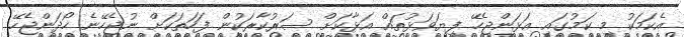
އެކަމަކު މި ކަމުގައި އަޅަންޖެހޭ ފިޔަވަޅުތައް އަޅާކަށް ސަރުކާރަކުން ފަހަތަކަށް ނުޖެހޭނެ ހޯދަންޖެހޭ